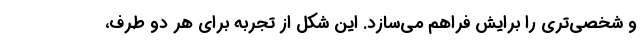
و شخصی‌تری را برایش فراهم می‌سازد. این شکل از تجربه برای هر دو طرف،